Vaccination in Burma 1912-1922 - 1912-1922
Year: 1912
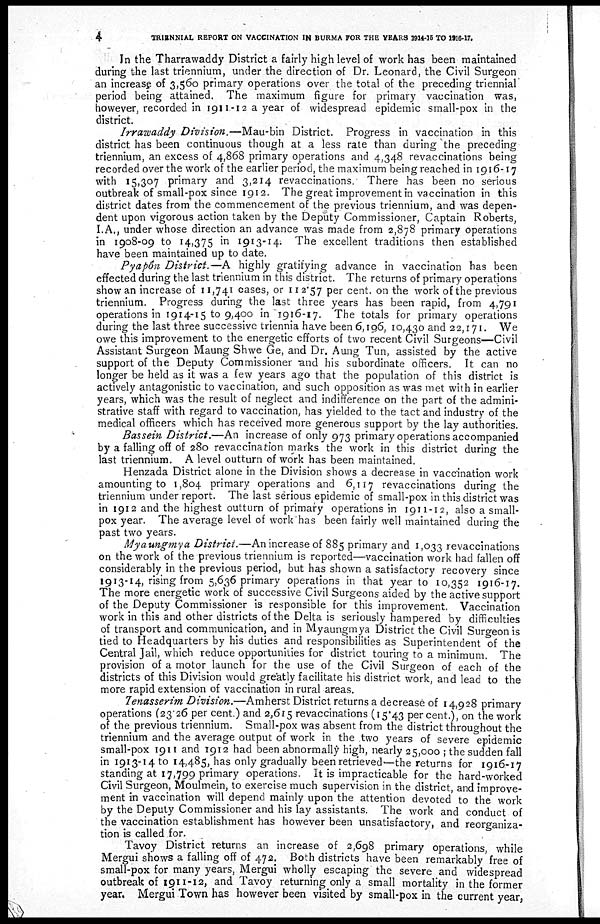
4
TRIENNIAL REPORT ON VACCINATION IN BURMA FOR THE YEARS 1914-15 TO 1916-17.
In the Tharrawaddy District a fairly high level of work has been maintained
during the last triennium, under the direction of Dr. Leonard, the Civil Surgeon
an increase of 3,560 primary operations over the total of the preceding triennial
period being attained. The maximum figure for primary vaccination was,
however, recorded in 1911-12 a year of widespread epidemic small-pox in the
district.
Irrawaddy Division.—Mau-bin District. Progress in vaccination in this
district has been continuous though at a less rate than during the preceding
triennium, an excess of 4,868 primary operations and 4,348 revaccinations being
recorded over the work of the earlier period, the maximum being reached in 1916-17
with 15,307 primary and 3,214 revaccinations. There has been no serious
outbreak of small-pox since 1912. The great improvement in vaccination in this
district dates from the commencement of the previous triennium, and was depen-
dent upon vigorous action taken by the Deputy Commissioner, Captain Roberts,
I.A., under whose direction an advance was made from 2,878 primary operations
in 1908-09 to 14,375 in 1913-14. The excellent traditions then established
have been maintained up to date.
Pyapôn District.—A highly gratifying advance in vaccination has been
effected during the last triennium in this district. The returns of primary operations
show an increase of 11,741 cases, or 112.57 per cent. on the work of the previous
triennium. Progress during the last three years has been rapid, from 4,791
operations in 1914-15 to 9,400 in 1916-17. The totals for primary operations
during the last three successive triennia have been 6,196, 10,430 and 22,171. We
owe this improvement to the energetic efforts of two recent Civil Surgeons—Civil
Assistant Surgeon Maung Shwe Ge, and Dr. Aung Tun, assisted by the active
support of the Deputy Commissioner and his subordinate officers. It can no
longer be held as it was a few years ago that the population of this district is
actively antagonistic to vaccination, and such opposition as was met with in earlier
years, which was the result of neglect and indifference on the part of the admini-
strative staff with regard to vaccination, has yielded to the tact and industry of the
medical officers which has received more generous support by the lay authorities.
Bassein District.—An increase of only 973 primary operations accompanied
by a falling off of 280 revaccination marks the work in this district during the
last triennium. A level outturn of work has been maintained.
Henzada District alone in the Division shows a decrease in vaccination work
amounting to 1,804 primary operations and 6,117 revaccinations during the
triennium under report. The last serious epidemic of small-pox in this district was
in 1912 and the highest outturn of primary operations in 1911-12, also a small-
pox year. The average level of work has been fairly well maintained during the
past two years.
Myaungmya District.—An increase of 885 primary and 1,033 revaccinations
on the work of the previous triennium is reported—vaccination work had fallen off
considerably in the previous period, but has shown a satisfactory recovery since
1913-14, rising from 5,636 primary operations in that year to 10,352 1916-17.
The more energetic work of successive Civil Surgeons aided by the active support
of the Deputy Commissioner is responsible for this improvement. Vaccination
work in this and other districts of the Delta is seriously hampered by difficulties
of transport and communication, and in Myaungmya District the Civil Surgeon is
tied to Headquarters by his duties and responsibilities as Superintendent of the
Central Jail, which reduce opportunities for district touring to a minimum. The
provision of a motor launch for the use of the Civil Surgeon of each of the
districts of this Division would greatly facilitate his district work, and lead to the
more rapid extension of vaccination in rural areas.
Tenasserim Division.—Amherst District returns a decrease of 14,928 primary
operations (23.26 per cent.) and 2,615 revaccinations (15.43 per cent.), on the work
of the previous triennium. Small-pox was absent from the district throughout the
triennium and the average output of work in the two years of severe epidemic
small-pox 1911 and 1912 had been abnormally high, nearly 25,000 ; the sudden fall
in 1913-14 to 14,485,has only gradually been retrieved—the returns for 1916-17
standing at 17,799 primary operations. It is impracticable for the hard-worked
Civil Surgeon, Moulmein, to exercise much supervision in the district, and improve-
ment in vaccination will depend mainly upon the attention devoted to the work
by the Deputy Commissioner and his lay assistants. The work and conduct of
the vaccination establishment has however been unsatisfactory, and reorganiza-
tion is called for.
Tavoy District returns an increase of 2,698 primary operations, while
Mergui shows a falling off of 472. Both districts have been remarkably free of
small-pox for many years, Mergui wholly escaping the severe and widespread
outbreak of 1911-12, and Tavoy returning only a small mortality in the former
year. Mergui Town has however been visited by small-pox in the current year,